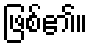
ဖြစ်၏။